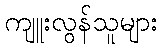
ကျူးလွန်သူများ